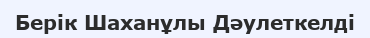
Берік Шаханұлы Дәулеткелді